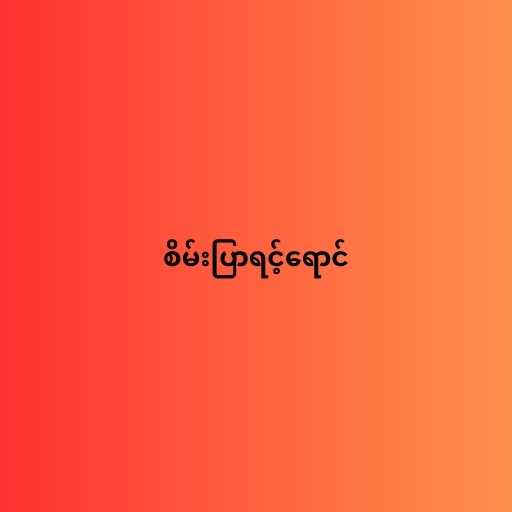
စိမ်းပြာရင့်ရောင်